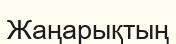
Жаңарықтың